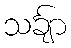
သင်္ချာ